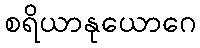
စရိယာနုယောဂေ